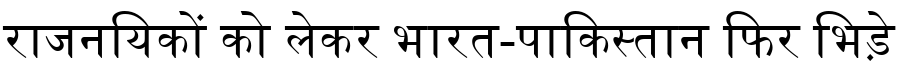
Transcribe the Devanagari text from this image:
राजनयिकों को लेकर भारत-पाकिस्तान फिर भिड़े